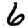
Digit: 6